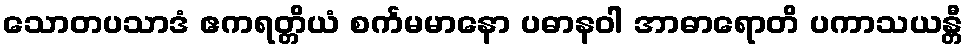
သောတပသာဒံ ဧကရတ္တိယံ စင်္ကမမာနော ပဓာနဝါ အာဓာရောတိ ပကာသယန္တီ